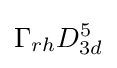
\Gamma _{rh}D_{3d}^{5}